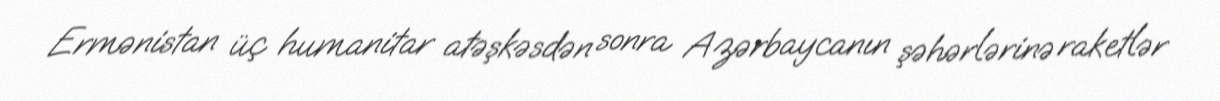
Ermənistan üç humanitar atəşkəsdən sonra Azərbaycanın şəhərlərinə raketlər